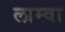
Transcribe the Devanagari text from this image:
लाम्वा